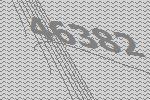
46382